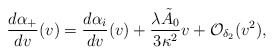
\begin{align*} \frac{d\alpha_+}{dv}(v)=\frac{d\alpha_i}{dv}(v)+\frac{\lambda\tilde{A}_0}{3\kappa^2}v+\mathcal{O}_{\delta_2}(v^2),\end{align*}